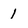
Character: 1